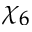
\chi _ { 6 }